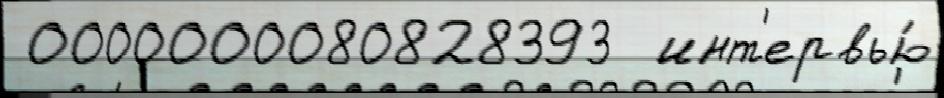
 0000000080828393  инт'ервью́